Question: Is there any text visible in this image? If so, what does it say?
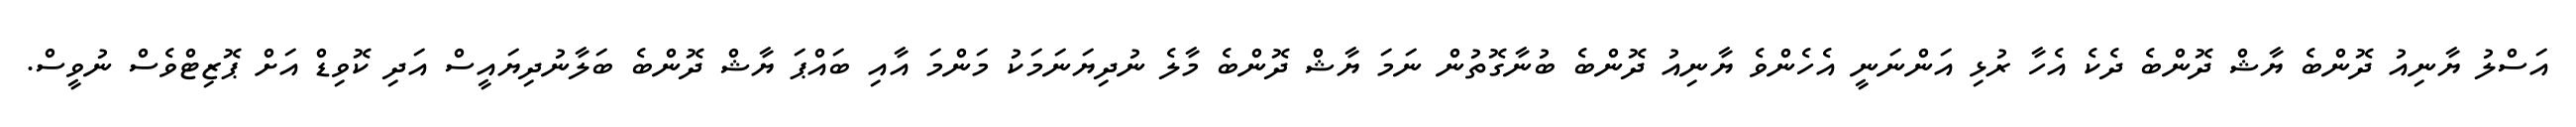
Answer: އަސްލު ޔާނިއު ދޮންބެ ޔާޝް ދޮންބެ ދެކެ އެހާ ރުޅި އަންނަނީ އެހެންވެ ޔާނިއު ދޮންބެ ބުނާގޮތުން ނަމަ ޔާޝް ދޮންބެ މާލެ ނުދިޔަނަމަކު މަންމަ އާއި ބައްޕަ ޔާޝް ދޮންބެ ބަލާނުދިޔައީސް އަދި ކޮވިޑް އަށް ޕޮޒިޓްވެސް ނުވީސް.